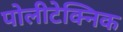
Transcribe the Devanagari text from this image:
पोलीटेक्निक